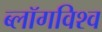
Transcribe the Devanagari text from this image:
ब्लॉगविश्व